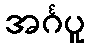
အင်္ဂပူ